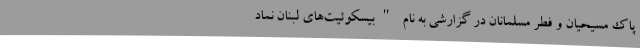
پاک مسیحیان و فطر مسلمانان در گزارشی به نام "بیسکوئیت‌های لبنان نماد